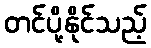
တင်ပို့နိုင်သည့်